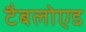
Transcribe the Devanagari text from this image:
टैबलोएड